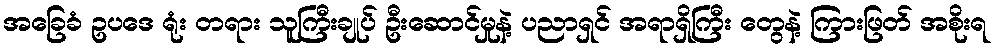
အခြေခံ ဥပဒေ ရုံး တရား သူကြီးချုပ် ဦးဆောင်မှုနဲ့ ပညာရှင် အရာရှိကြီး တွေနဲ့ ကြားဖြတ် အစိုးရ